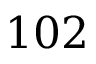
1 0 2